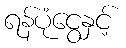
ရန်ပုံငွေနှင့်